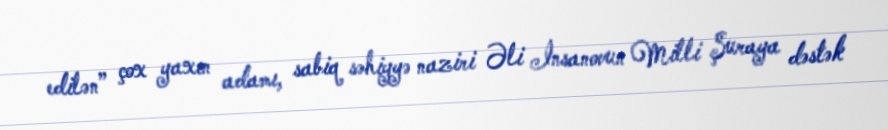
edilən” çox yaxın adamı, sabiq səhiyyə naziri Əli İnsanovun Milli Şuraya dəstək